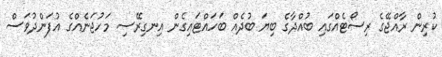
ކުރިން ރާއްޖޭގެ ރިސޯޓެއްގައި ބުއްދާގެ ބިޔަ ބުދެއް ބަހައްޓައިގެން އިނގިރޭސި މަހުޖަނެއްގެ އުފަންދުވަސް